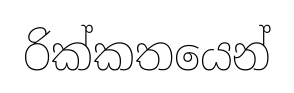
රික්කතයෙන්